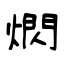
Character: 熌